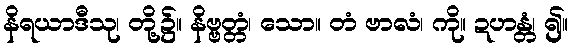
နိရယာဒီသု၊ တို့၌။ နိဗ္ဗတ္တံ၊ သော။ တံ ဗာလံ၊ ကို။ ဍဟန္တံ၊ ၍။